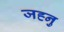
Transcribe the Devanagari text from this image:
जह्नु